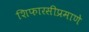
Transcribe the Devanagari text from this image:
शिफारसीप्रमाणे